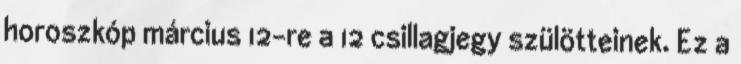
horoszkóp március 12-re a 12 csillagjegy szülötteinek. Ez a